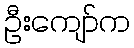
ဦးကျော်က